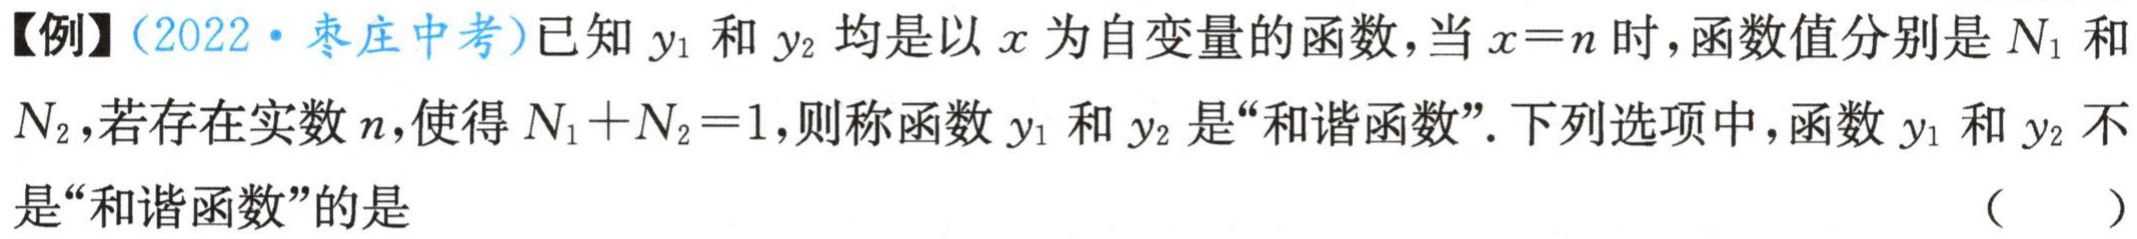
【例】(2022·枣庄中考)已知$y_{1}$和$y_{2}$均是以$x$为自变量的函数，当$x = n$时，函数值分别是$N_{1}$和$N_{2}$，若存在实数$n$，使得$N_{1}+N_{2}=1$，则称函数$y_{1}$和$y_{2}$是“和谐函数”. 下列选项中，函数$y_{1}$和$y_{2}$不是“和谐函数”的是 （  ）